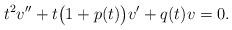
LaTeX: \begin{align*}t^2v''+t\bigl(1+p(t)\bigr)v'+q(t)v=0.\end{align*}